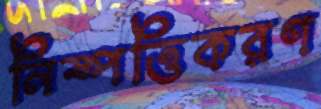
নিষ্পত্তিকরণ